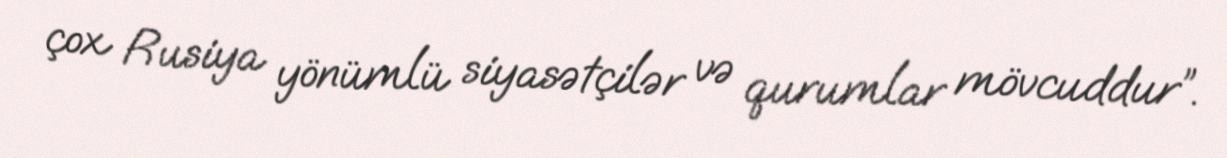
çox Rusiya yönümlü siyasətçilər və qurumlar mövcuddur”.